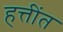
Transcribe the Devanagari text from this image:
हत्तींत